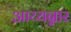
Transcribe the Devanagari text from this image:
आय्यन्नार